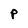
Character: P